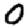
Digit: 0